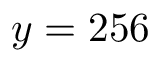
y = 2 5 6